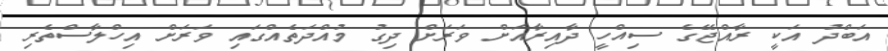
އަބްދު އަކީ ރާއްޖޭގެ ސިއްހީ ދާއިރާއަށް ވަރަށް ދިގު މުއްދަތެއްގައި ވަރަށް އިހްލާސްތެރި